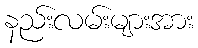
နည်းလမ်းများအား